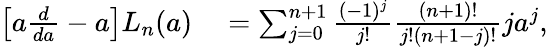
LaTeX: \begin{array}{rl}{\left[a\frac{d}{da}-a\right]L_{n}(a)}&{{}=\sum_{j=0}^{n+1}\frac{(-1)^{j}}{j!}\frac{(n+1)!}{j!(n+1-j)!}ja^{j},}\end{array}